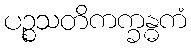
ပဉ္စသတိကက္ခန္ဓကံ